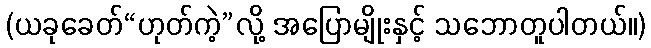
(ယခုခေတ်“ဟုတ်ကဲ့”လို့ အပြောမျိုးနှင့် သဘောတူပါတယ်။)